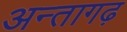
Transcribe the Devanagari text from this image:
अन्तागढ़